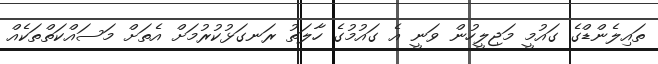
ތައިލެންޑްގެ ގައުމީ މަޖިލީހުން ވަނީ އެ ގައުމުގެ ހާލަތު ރަނގަޅުކުރުމަށް އެތަށް މަސައްކަތްތަކެއް